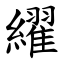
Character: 䌦